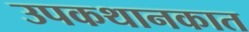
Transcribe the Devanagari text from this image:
उपकथानकात